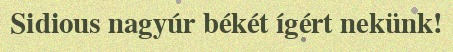
Sidious nagyúr békét ígért nekünk!